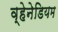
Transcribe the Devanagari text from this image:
व्हेनेडियम